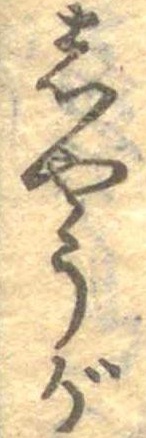
しやうが